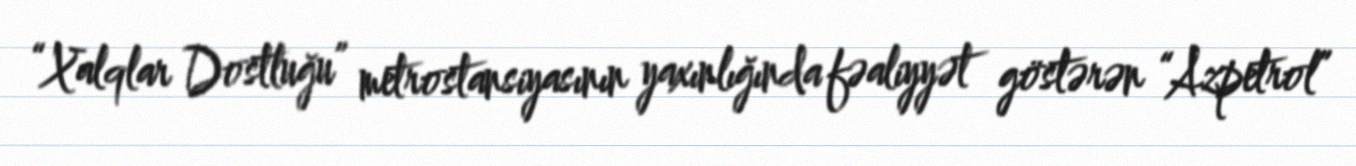
“Xalqlar Dostluğu” metrostansiyasının yaxınlığında fəaliyyət göstərən “Azpetrol”